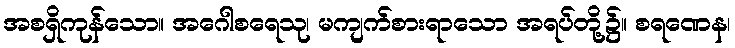
အစရှိကုန်သော။ အဂေါစရေသု၊ မကျက်စားရာသော အရပ်တို့၌။ စရဏေန၊